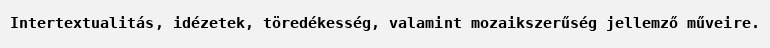
Intertextualitás, idézetek, töredékesség, valamint mozaikszerűség jellemző műveire.